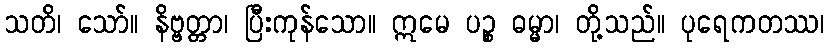
သတိ၊ သော်။ နိဗ္ဗတ္တာ၊ ပြီးကုန်သော။ ဣမေ ပဉ္စ ဓမ္မာ၊ တို့သည်။ ပုရေကတဿ၊